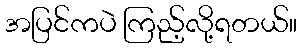
အပြင်ကပဲ ကြည့်လို့ရတယ်။